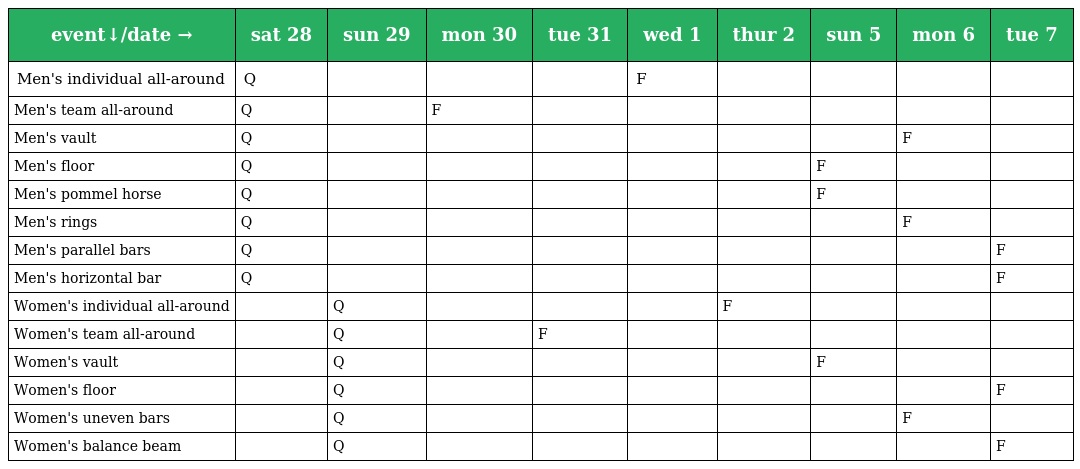
| event↓/date → | sat 28 | sun 29 | mon 30 | tue 31 | wed 1 | thur 2 | sun 5 | mon 6 | tue 7 |
 | --- | --- | --- | --- | --- | --- | --- | --- | --- | --- |
 | Men's individual all-around | Q |  |  |  | F |  |  |  |  |
 | Men's team all-around | Q |  | F |  |  |  |  |  |  |
 | Men's vault | Q |  |  |  |  |  |  | F |  |
 | Men's floor | Q |  |  |  |  |  | F |  |  |
 | Men's pommel horse | Q |  |  |  |  |  | F |  |  |
 | Men's rings | Q |  |  |  |  |  |  | F |  |
 | Men's parallel bars | Q |  |  |  |  |  |  |  | F |
 | Men's horizontal bar | Q |  |  |  |  |  |  |  | F |
 | Women's individual all-around |  | Q |  |  |  | F |  |  |  |
 | Women's team all-around |  | Q |  | F |  |  |  |  |  |
 | Women's vault |  | Q |  |  |  |  | F |  |  |
 | Women's floor |  | Q |  |  |  |  |  |  | F |
 | Women's uneven bars |  | Q |  |  |  |  |  | F |  |
 | Women's balance beam |  | Q |  |  |  |  |  |  | F |